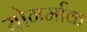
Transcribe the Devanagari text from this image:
योगर्माक